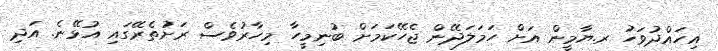
އިހައްދުވަހު ރ.ޔާމީން އަށް ހަމަލަދޭން ޖެހޭކަމަށް ބުނިމީހާ މިހާރުވެސް ރަށުތެރޭގައި އުޅޭނެ. އަދި